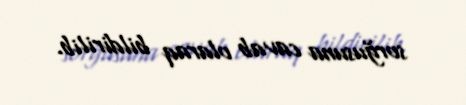
sorğusuna cavab olaraq bildirilib.